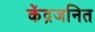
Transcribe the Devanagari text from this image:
केंद्रजनित